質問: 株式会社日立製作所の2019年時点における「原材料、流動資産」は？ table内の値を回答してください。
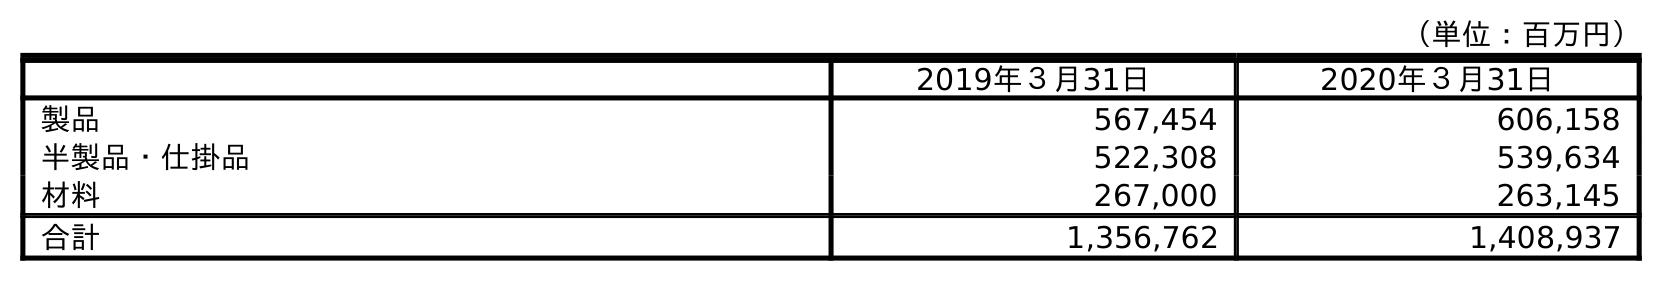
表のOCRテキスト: （単位：百万円） 2019年３月31日 2020年３月31日 製品 567,454 606,158 半製品・仕掛品 522,308 539,634 材料 267,000 263,145 合計 1,356,762 1,408,937
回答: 267,000